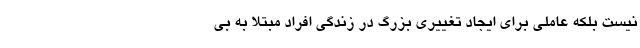
نیست بلکه عاملی برای ایجاد تغییری بزرگ در زندگی افراد مبتلا به بی